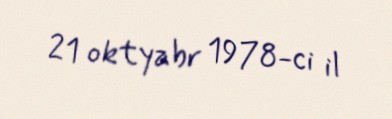
21 oktyabr 1978-ci il